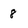
Character: 8